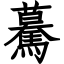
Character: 驀